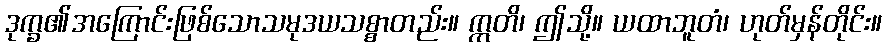
ဒုက္ခ၏အကြောင်းဖြစ်သောသမုဒယသစ္စာတည်း။ ဣတိ၊ ဤသို့။ ယထာဘူတံ၊ ဟုတ်မှန်တိုင်း။